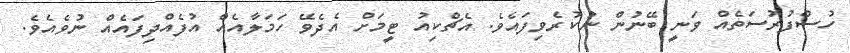
ހުސްފުރުސަތެއް ވަނީ ބޭނުން ނުކުރެވިފައެވެ. އެޗްކިއު ޓީމަށް އެދެވޭ ހަމަލާއެއް އުފެއްދިފައެއް ނުވެއެވެ.